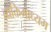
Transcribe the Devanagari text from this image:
व्यक्तिमाध्यम